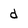
Character: d